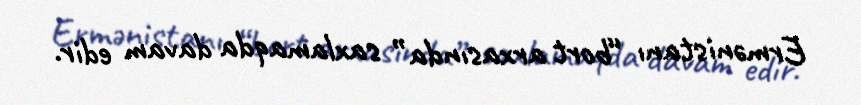
Ermənistanı “bort arxasında” saxlamaqda davam edir.